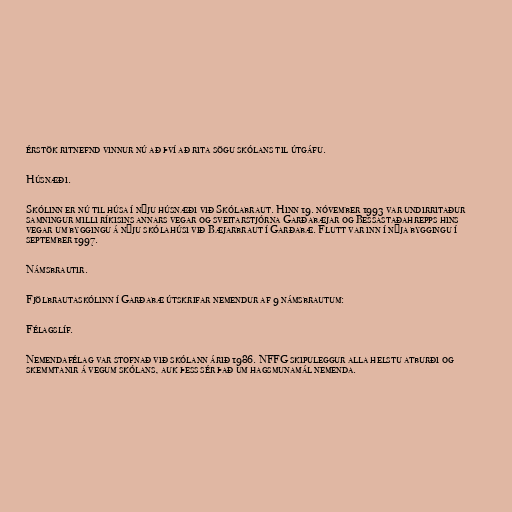
érstök ritnefnd vinnur nú að því að rita sögu skólans til útgáfu.

Húsnæði.

Skólinn er nú til húsa í nýju húsnæði við Skólabraut. Hinn 19. nóvember 1993 var undirritaður
samningur milli ríkisins annars vegar og sveitarstjórna Garðabæjar og Bessastaðahrepps hins
vegar um byggingu á nýju skólahúsi við Bæjarbraut í Garðabæ. Flutt var inn í nýja byggingu í
september 1997.

Námsbrautir.

Fjölbrautaskólinn í Garðabæ útskrifar nemendur af 9 námsbrautum:

Félagslíf.

Nemendafélag var stofnað við skólann árið 1986. NFFG skipuleggur alla helstu atburði og
skemmtanir á vegum skólans, auk þess sér það um hagsmunamál nemenda.